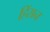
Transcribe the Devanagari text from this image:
हिंसन